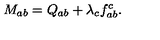
M _ { a b } = Q _ { a b } + \lambda _ { c } f _ { a b } ^ { c } .